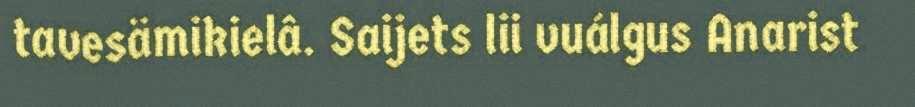
tavesämikielâ. Saijets lii vuálgus Anarist